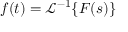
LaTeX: f ( t ) = { \mathcal { L } } ^ { - 1 } \{ F ( s ) \}